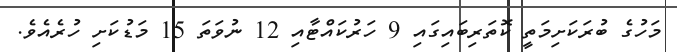
މަހުގެ ބުރަކަށިމަތީ ކޮތަރިބައިގައި 9 ހަރުކައްޓާއި 12 ނުވަތަ 15 މަޑުކަށި ހުރެއެވެ.